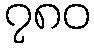
၇၈၀